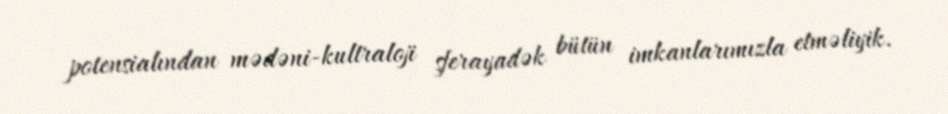
potensialından mədəni-kultraloji sferayadək bütün imkanlarımızla etməliyik.